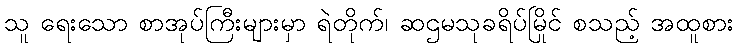
သူ ရေးသော စာအုပ်ကြီးများမှာ ရဲတိုက်၊ ဆဌမသုခရိပ်မြိုင် စသည့် အထူစား